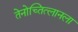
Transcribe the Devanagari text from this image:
तेनोच्तित्लानला